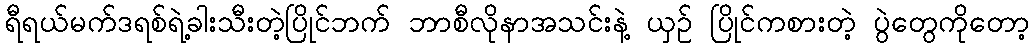
ရီရယ်မက်ဒရစ်ရဲ့ခါးသီးတဲ့ပြိုင်ဘက် ဘာစီလိုနာအသင်းနဲ့ ယှဉ် ပြိုင်ကစားတဲ့ ပွဲတွေကိုတော့